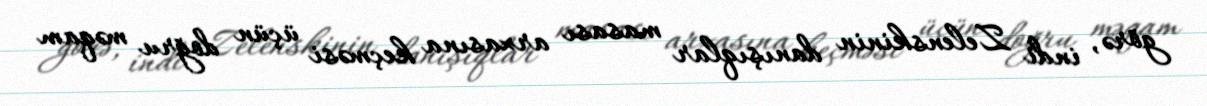
görə, indi Zelenskinin danışıqlar masası arxasına keçməsi üçün doğru məqam